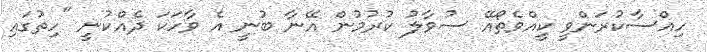
ހިއްސާކުރަންވީ ކީއްވެތޯއޭ ސުވާލު ކުރުމުން އޭނާ ބުނީ އެ ވާހަކަ ދެއްކުނީ "ހިތުގައި